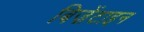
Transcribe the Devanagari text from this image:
बिज़ेंटाइन